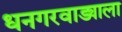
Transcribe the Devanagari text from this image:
धनगरवाड्याला